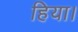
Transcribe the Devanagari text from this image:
हिया।